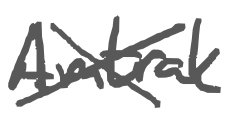
Text: Amtrak
Cross-out: cross
Writing tool: digital_gray